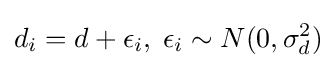
d_{i}=d+\epsilon _{i},\;\epsilon _{i}\sim N(0,\sigma _{d}^{2})